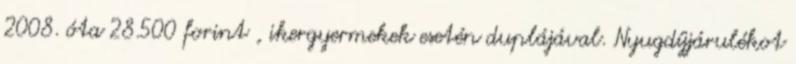
2008. óta 28.500 forint , ikergyermekek esetén duplájával. Nyugdíjjárulékot